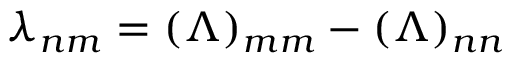
\lambda _ { n m } = ( { \boldsymbol { \Lambda } } ) _ { m m } - ( { \boldsymbol { \Lambda } } ) _ { n n }